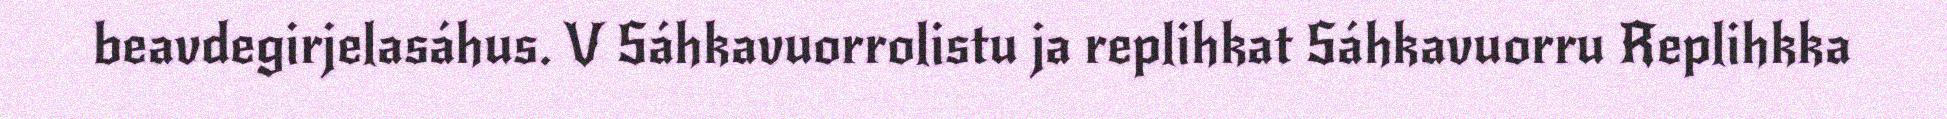
beavdegirjelasáhus. V Sáhkavuorrolistu ja replihkat Sáhkavuorru Replihkka